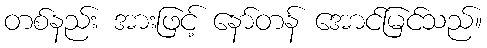
တစ်နည်း အားဖြင့် နော်တန် အောင်မြင်သည်။